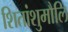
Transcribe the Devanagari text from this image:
शितांशुमौलि